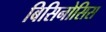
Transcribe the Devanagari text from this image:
बिसिनोसिस